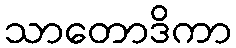
သာတောဒိကာ